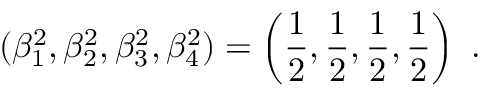
( \beta _ { 1 } ^ { 2 } , \beta _ { 2 } ^ { 2 } , \beta _ { 3 } ^ { 2 } , \beta _ { 4 } ^ { 2 } ) = \left( \frac { 1 } { 2 } , \frac { 1 } { 2 } , \frac { 1 } { 2 } , \frac { 1 } { 2 } \right) \ .